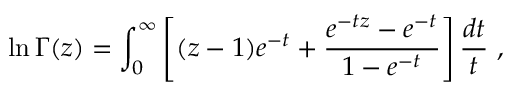
\ln \Gamma ( z ) = \int _ { 0 } ^ { \infty } \left[ ( z - 1 ) e ^ { - t } + \frac { e ^ { - t z } - e ^ { - t } } { 1 - e ^ { - t } } \right] \frac { d t } { t } \ ,